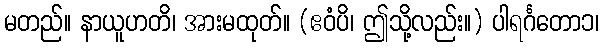
မတည်။ နာယူဟတိ၊ အားမထုတ်။ (ဧဝံပိ၊ ဤသို့လည်း။) ပါရင်္ဂတော၁၊